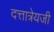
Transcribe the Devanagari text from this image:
दत्तात्रेयजी